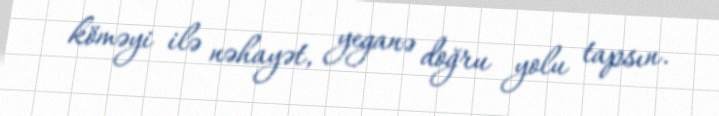
köməyi ilə nəhayət, yeganə doğru yolu tapsın.